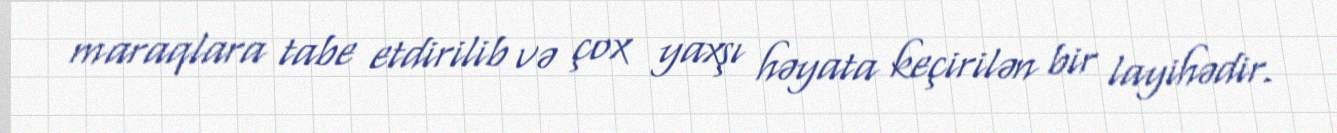
maraqlara tabe etdirilib və çox yaxşı həyata keçirilən bir layihədir.